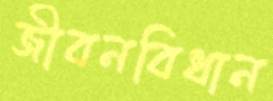
জীবনবিধান